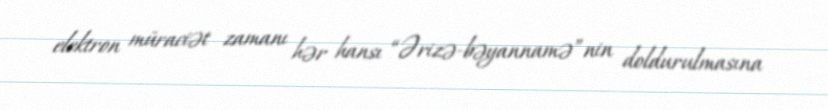
elektron müraciət zamanı hər hansı “Ərizə-bəyannamə”nin doldurulmasına